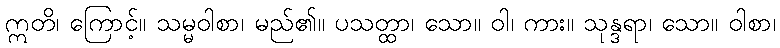
ဣတိ၊ ကြောင့်။ သမ္မဝါစာ၊ မည်၏။ ပသတ္ထာ၊ သော။ ဝါ၊ ကား။ သုန္ဒရာ၊ သော။ ဝါစာ၊